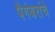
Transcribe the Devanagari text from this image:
पैगंबरांचे